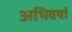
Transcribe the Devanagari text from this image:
अभिवर्या